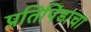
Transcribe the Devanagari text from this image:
प्रतिपिंडाचा